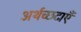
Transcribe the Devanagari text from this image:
अर्थच्छटाएँ